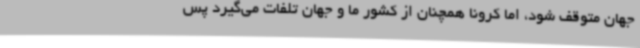
جهان متوقف شود، اما کرونا همچنان از کشور ما و جهان تلفات می‌گیرد پس